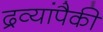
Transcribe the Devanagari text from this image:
द्रव्यांपैकी